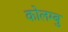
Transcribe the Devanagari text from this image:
कोलम्बु